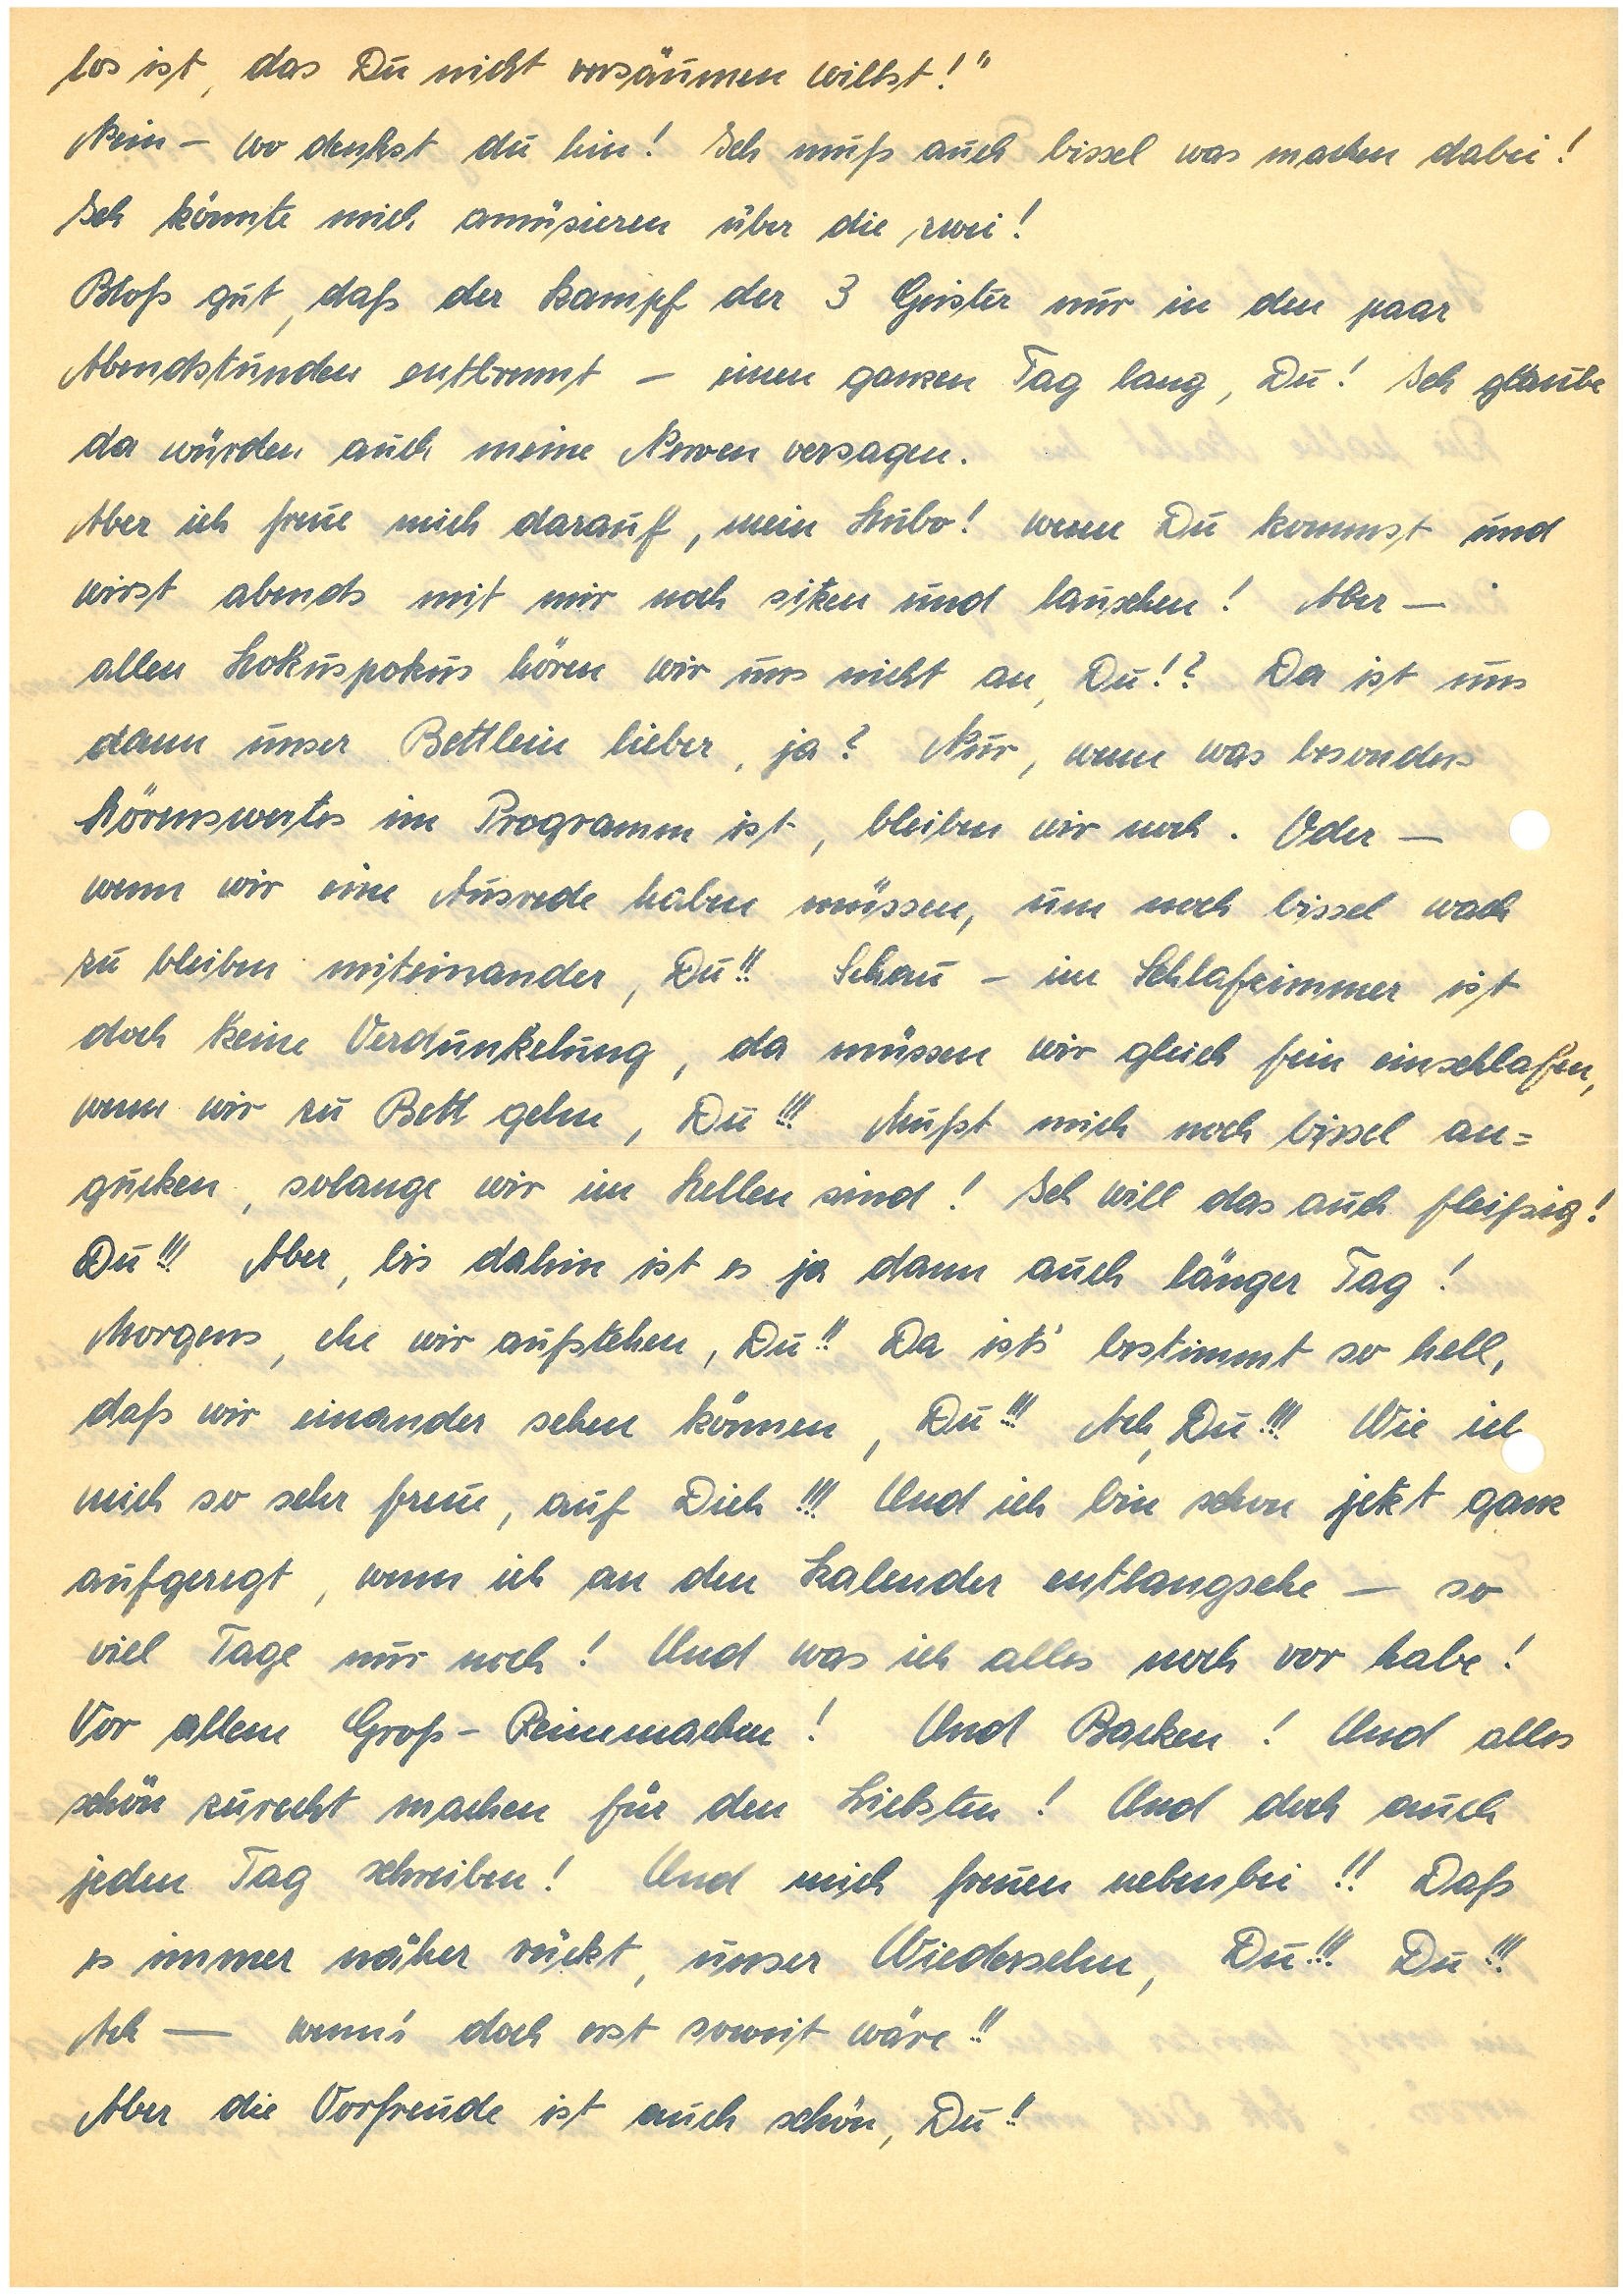
los ist, das Du nicht versäumen willst!”
Nein – wo denkst du hin! Ich muß auch bissel was machen dabei!
Ich könnte mich amüsieren über die zwei!
Bloß gut, daß der Kampf der 3 Geister nur in den paar
Abendstunden entbrennt – einen ganzen Tag lang, Du! Ich glaube
da würden auch meine Nerven versagen.
Aber ich freue mich darauf, mein Hubo! wenn Du kommst und
wirst abends mit mir noch sitzen und lauschen! Aber –
allen Hokuspokus hören wir uns nicht an, Du!? Da ist uns
dann unser Bettlein lieber, ja? Nur, wenn was besonders
Hörenswertes im Programm ist, bleiben wir noch. Oder –
wenn wir die Ausrede haben müssen, um noch ein bissel wach
zu bleiben miteinander, Du!! Schau – im Schlafzimmer ist
doch keine Verdunkelung, da müssen wir gleich fein einschlafen,
wenn wir zu Bett gehen, Du!! Mußt mich noch ein bissel an¬
gucken, solange wir im Hellen sind! Ich will das auch fleißig!
Du!!! Aber, bis dahin ist es ja dann auch länger Tag!
Morgens, ehe wir aufstehen, Du!! Da ist’s bestimmt so hell,
daß wir einander sehen können, Du!!! Ach, Du!!! Wie ic
mich so sehr freue, auf Dich!!! Und ich bin schon jetzt ganz
aufgeregt, wenn ich an den Kalender entlangsehe – so
viel Tage nur noch! Und was ich alles noch vor habe!
Vor allem Groß-Reinemachen! Und Backen! Und alles
schön zurecht machen für den Liebsten! Und doch auch
jeden Tag schreiben! Und mich freuen nebenbei!! Daß
es immer näher rückt, unser Wiedersehen, Du!!! Du!!!
Ach – wenn’s doch erst soweit wäre!!
Aber die Vorfreude ist auch schön, Du!!